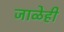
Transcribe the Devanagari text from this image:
जाळेही